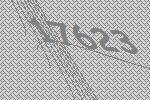
17623